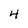
Character: 4